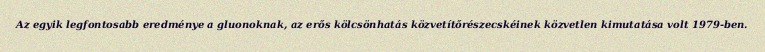
Az egyik legfontosabb eredménye a gluonoknak, az erős kölcsönhatás közvetítőrészecskéinek közvetlen kimutatása volt 1979-ben.